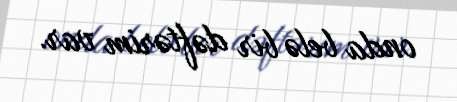
onda belə bir dəftərim var.